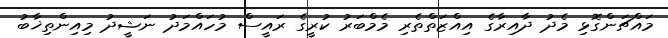
މައްޗަންގޮޅި މެދު ދާއިރާގެ އިއްޒަތްތެރި މެމްބަރު ކުރީގެ ރައީސް މުހައްމަދު ނަޝީދު މިއިންތިޚާބު